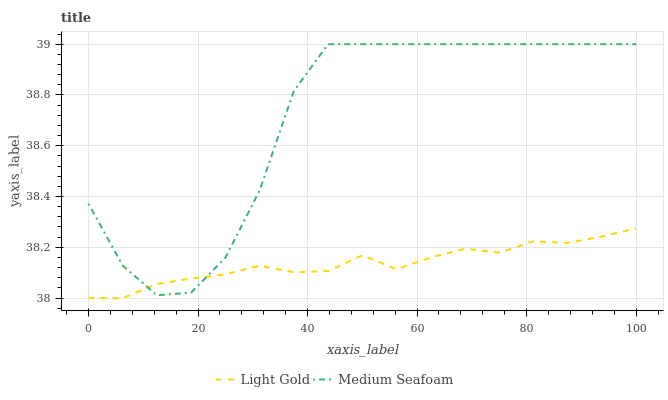
| xaxis_label | Light Gold | Medium Seafoam |
 | --- | --- | --- |
 | 0 | 38 | 38.4 |
 | 6.25 | 38 | 38.1 |
 | 12.5 | 38.1 | 38 |
 | 18.8 | 38.1 | 38 |
 | 25 | 38.1 | 38.2 |
 | 31.2 | 38.1 | 38.4 |
 | 37.5 | 38.1 | 38.8 |
 | 43.8 | 38.1 | 39 |
 | 50 | 38.2 | 39 |
 | 56.2 | 38.1 | 39 |
 | 62.5 | 38.2 | 39 |
 | 68.8 | 38.2 | 39 |
 | 75 | 38.2 | 39 |
 | 81.2 | 38.2 | 39 |
 | 87.5 | 38.2 | 39 |
 | 93.8 | 38.2 | 39 |
 | 100 | 38.3 | 39 |